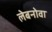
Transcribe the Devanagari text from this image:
लेबनोवा